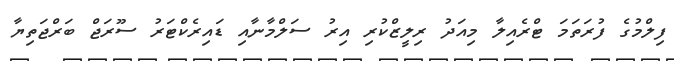
ފިލްމުގެ ފުރަތަމަ ޓްރެއިލާ މިއަދު ރިލީޒްކުރި އިރު ސަލްމާނާއި ޑައިރެކްޓަރު ސޫރަޖް ބަރްޖަތިޔާ